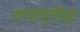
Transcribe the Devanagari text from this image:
अपप्रवृत्तींन्ना